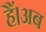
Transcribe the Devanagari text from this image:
हैं।अब